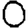
Digit: 0